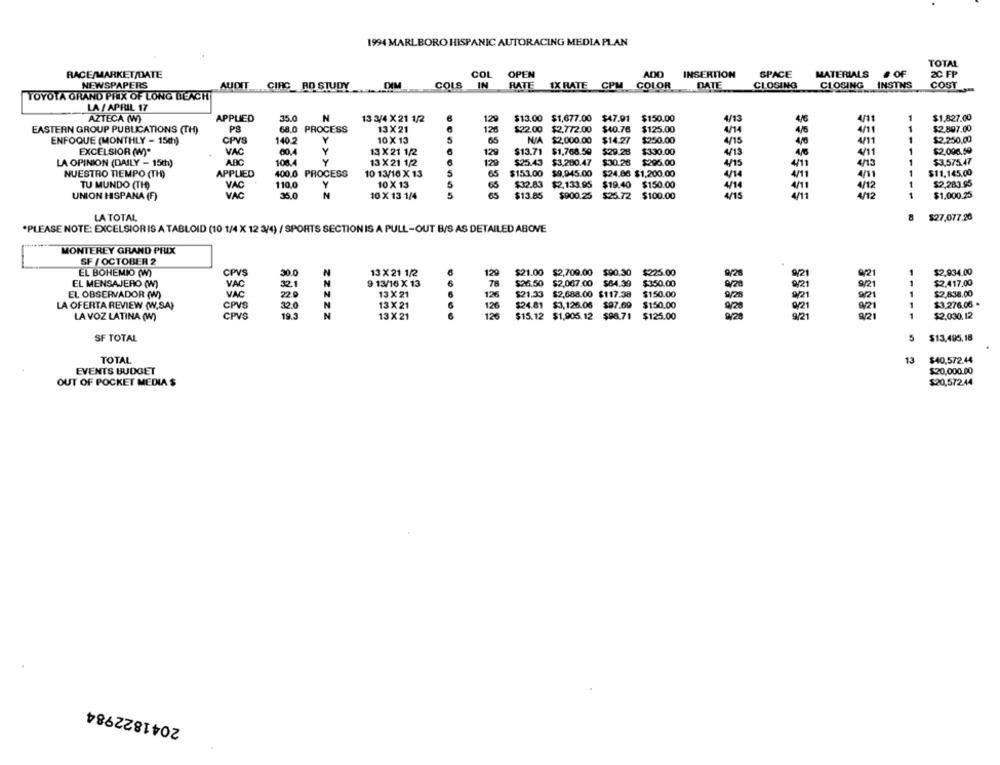
1994 MARLBORO HISPANIC AUTORACING MEDIA PLAN
TOTAL
RACE/MARKET/DATE
COL OPEN
ADD
INSERTION
SPACE
MATERIALS
# OF
2C FP
NEWSPAPERS
AUDIT CIRC RD STUDY
DIM
COLS IN
RATE
IX RATE CPM COLOR
DATE
CLOSING
CLOSING
INSTNS
COST
TOYOTA GRAND PRIX OF LONG BEACH
LA / APRIL 17
N
AZTECA (W)
APPLIED
35.0
13 3/4 X 21 1/2
12
$13.00 $1,677.00 $47.91 $150.00
4/13
4/11
$1,827.00
EASTERN GROUP PUBLICATIONS (TH)
68.0 PROCESS
13 X 21
126
$22.00 $2.772.00 $40.76
$125.00
4/14
40
4/11
$2.897.00
Y
$2,250,00
ENFOQUE (MONTHLY - 15()
CPVS
140 2
10 X 13
65
N/A $2,000.00
$14.27
$250.00
4/15
4/11
1
EXCELSIOR (W)"
VAC
60.4
13 X 21 1/2
129
$13.71 $1,768.59
$29.28
$330.00
4/13
4/11
$2.008.59
ABC
108.4
Y
$3,575.47
LA OPINION (DAILY - 15th)
13 X 21 1/2
129
$25.43 $3,200.47
$30.26
$295.00
4/15
4/11
4/13
NUESTRO TIEMPO (TH)
APPLIED
400.0 PROCESS
10 13/16 X 13
65
$153.00
$9,945.00
$24.86 $1,200.00
4/14
4/11
4/11
$11.145.00
VAC
110.0
Y
10 X 13
$32.83 $2,133.95
$19.40
$150.00
$2,283.95
TU MUNDO (TH)
65
4/14
4/11
4/12
UNION HISPANA (F)
VAC
35.0
N
10 X 13 1/4
65
$13.85
$900.25
$25.72
$100.00
4/12
1
$1,000.25
LA TOTAL
8
$27.077.26
*PLEASE NOTE: EXCELSIORIS A TABLOID (10 1/4 X 12 3/4) / SPORTS SECTION IS A PULL-OUT B/S AS DETAILED ABOVE
MONTEREY GRAND PRIX
SF / OCTOBER 2
EL BOHEMIO (W)
CPVS
30.0
N
13 X 21 1/2
120
$21.00 $2,709.00 $90.30 $225.00
21
$2,934.00
EL MENSAJERO (W)
VAC
32.1
N
9 13/16 X 13
$26.50 $2,067.00 $84.39
$350.00
02
1
$2.417.00
78
9/21
EL OBSERVADOR (W)
VAC
22.0
N
13X 21
126
$21.33 $2,688.00 $117.38
9/28
9/21
9/21
1
$2,838.00
LA OFERTA REVIEW (W.SA)
CPVS
32.0
N
13 X 21
126
$24.81 $3,126.06 $97.69
$150.00
0/2
92i
$3.276.06 .
9/28
1
LA VOZ LATINA (W)
CPVS
19.3
N
13 X 21
126
$15.12 $1,905.12 $98.71 $125.00
9/20
9/21
9/21
$2.030.12
SF TOTAL
5
$13,495.18
TOTAL
13
$40,572.44
EVENTS BUDGET
$20,000.00
OUT OF POCKET MEDIA $
$20,572.44
2041822984